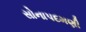
સોનાપદમણી